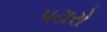
પઢારો